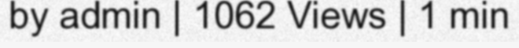
by admin | 1062 Views | 1 min